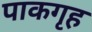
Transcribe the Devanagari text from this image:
पाकगृह